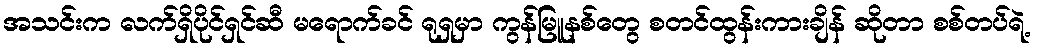
အသင်းက လက်ရှိပိုင်ရှင်ဆီ မရောက်ခင် ရုရှမှာ ကွန်မြူနစ်တွေ စတင်ထွန်းကားချိန် ဆိုတာ စစ်တပ်ရဲ့